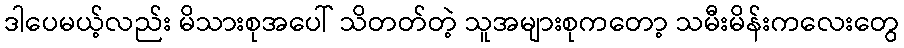
ဒါပေမယ့်လည်း မိသားစုအပေါ် သိတတ်တဲ့ သူအများစုကတော့ သမီးမိန်းကလေးတွေ